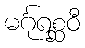
မင်္ဂုရစ္ဆဝီ